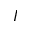
I